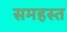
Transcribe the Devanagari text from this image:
समहस्त